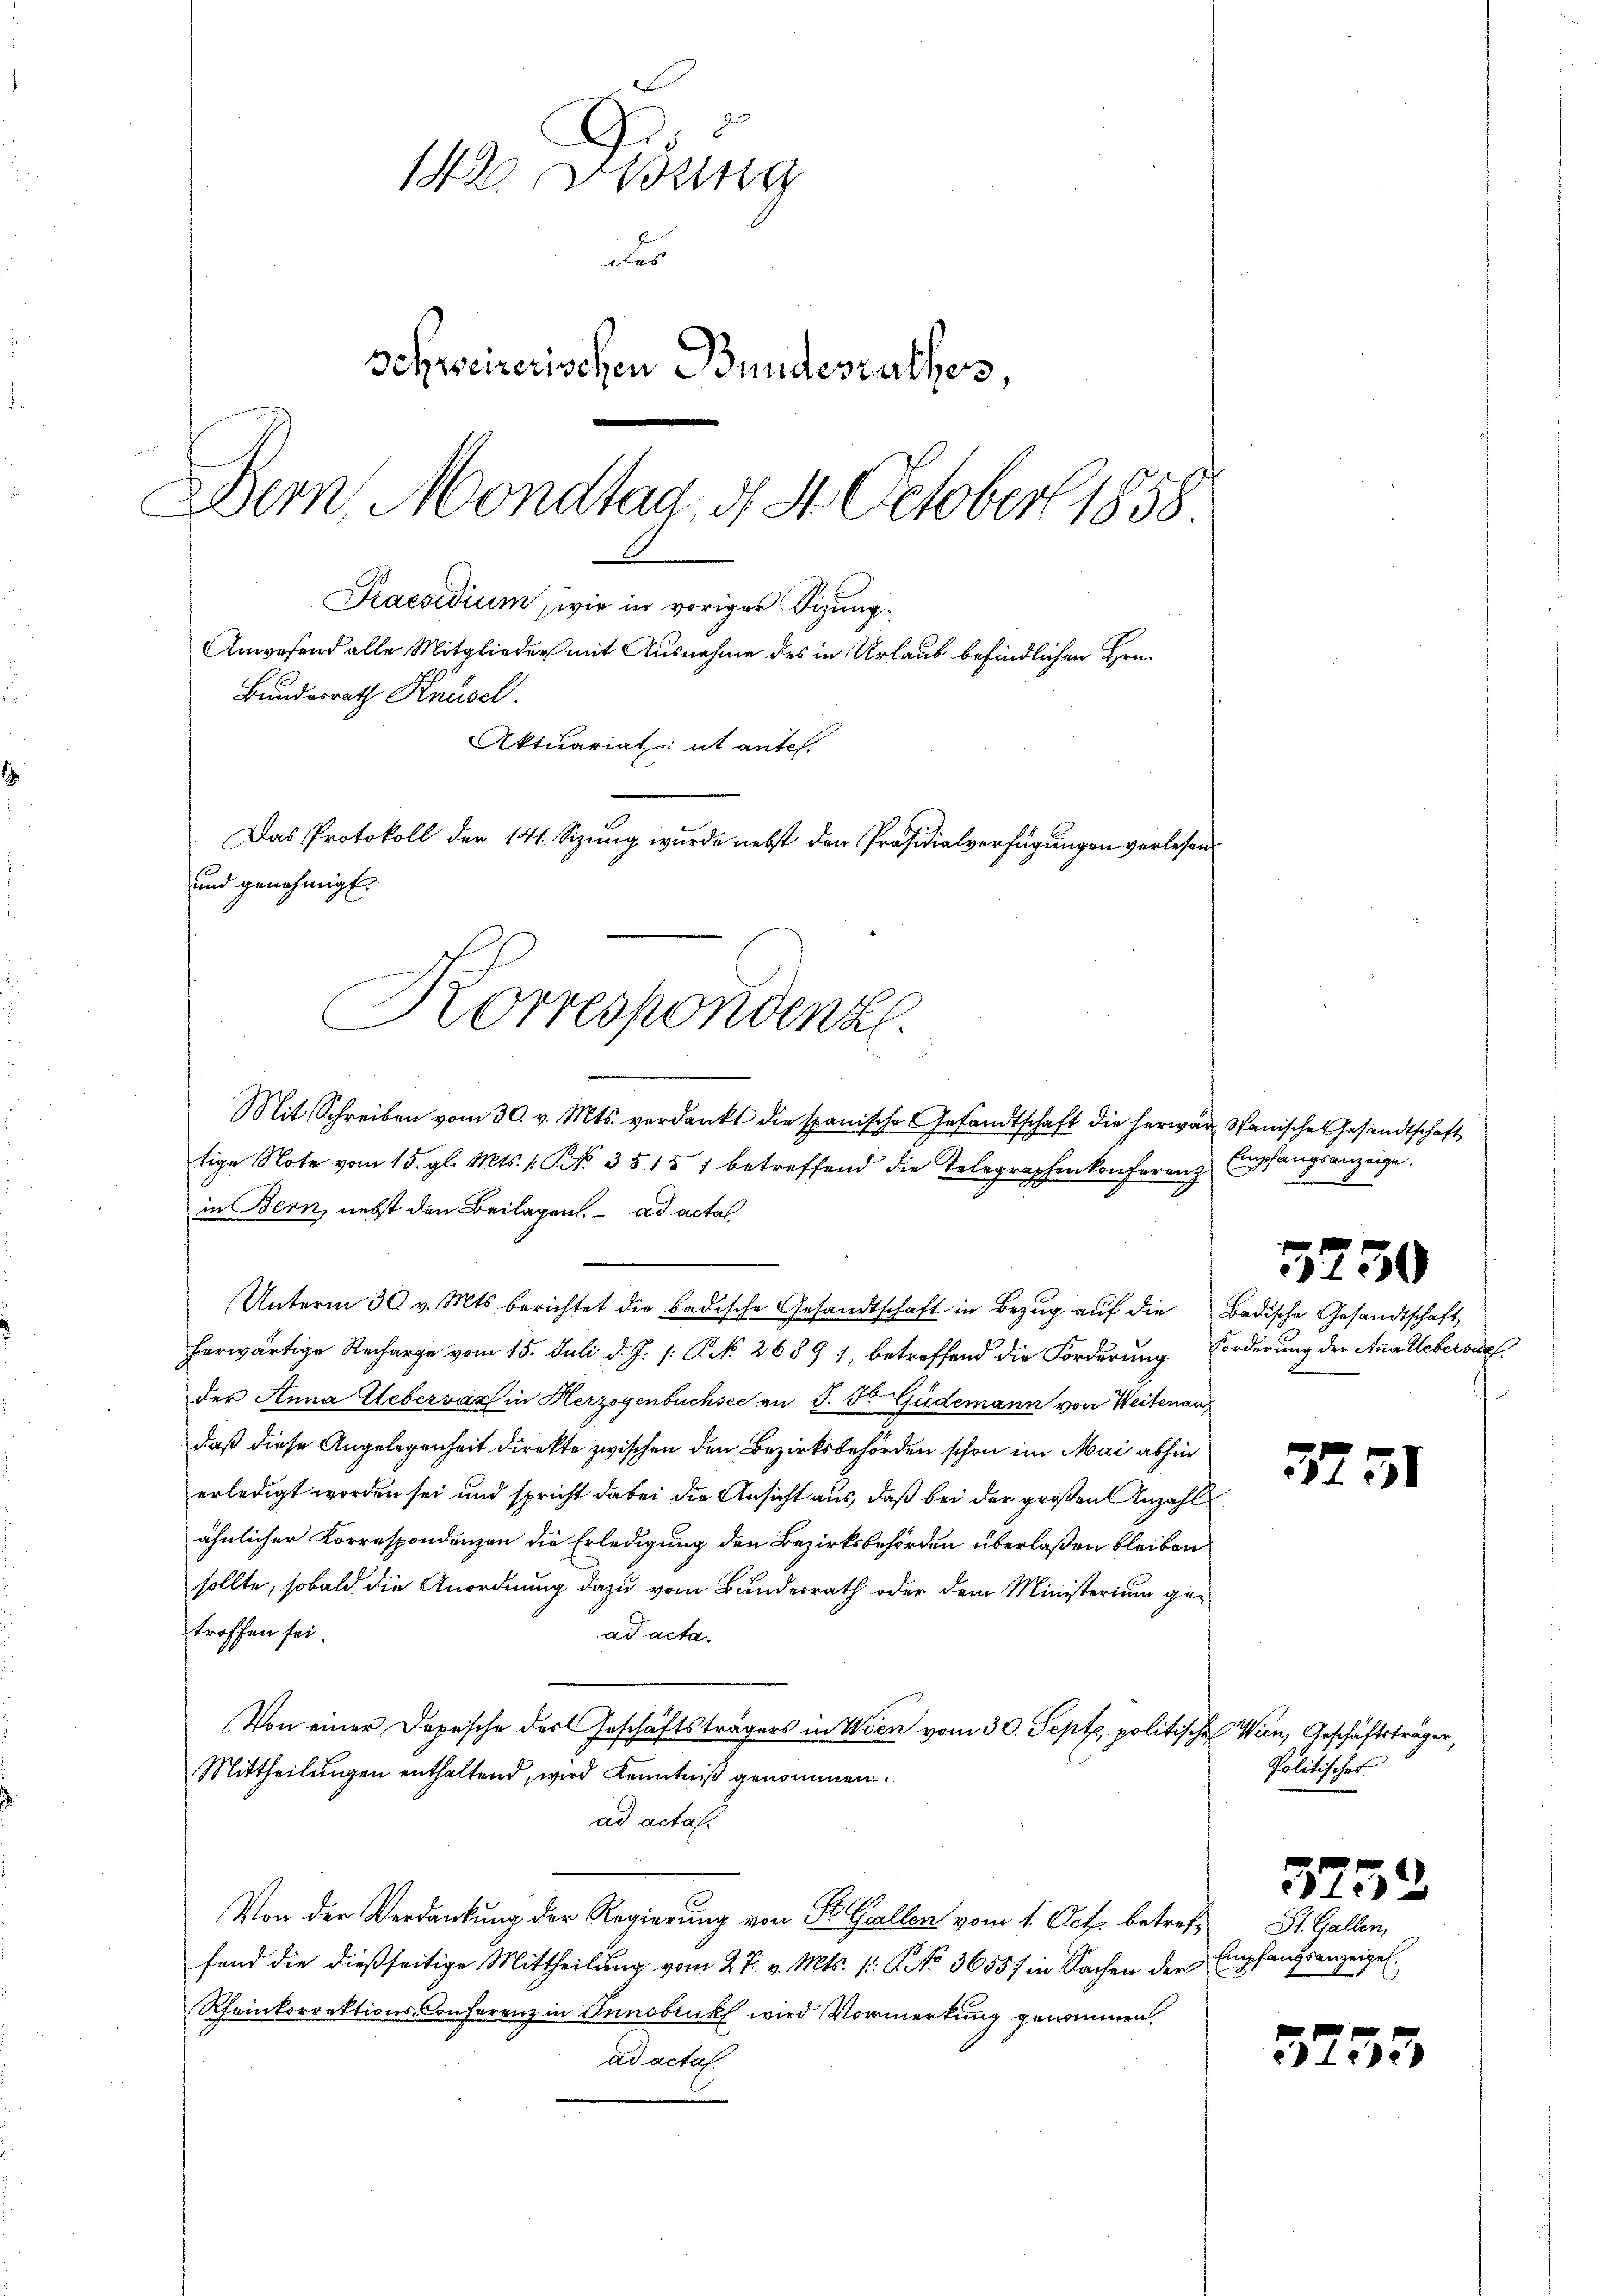
E
142 Ordung
des
schweizerischen Bundesrathes
Bern, Mondtag, d. 4. October 1858
Praesidium, wie in voriger Sizung
Anwesend alle Mitglieder mit Ausnahme des in Urlaub befindlichen Hrn.
Bundesrath Knüsel.
Aktuariat ut antes.
Das Protokoll der 141. Sizung wurde nebst den Präsidialverfügungen verlesen
und genehmigt.

Korrespondenz.
Mit Schreiben vom 30. v. Mts. verdankt die spanische Gesandtschaft die herwart Wanische Gesandtschaft

tige Note vom 15. gl. Mts. 1. P. Nr. 3515 1 betreffend die Telegraphenkonferenz Empfangsanzeige.
in Bern, nebst den Beilagen. ad acta
Unterm 30 v. Mts. berichtet die badische Gesandtschaft in Bezug auf die Badische Gesandtschaft
herwärtige Recharge vom 15. Juli d. J. (: P. No. 2689), betreffend die Forderung Forderung der Anallebersach
der Anna Uebersaz in Herzogenbuchsee an J. F. Güdemann von Weitenauf
daß diese Angelegenheit direkte zwischen den Bezirksbehörden schon im Mai abhin
erledigt worden sei und spricht dabei die Ansicht aus, daß bei der großen Anzahl
ähnlicher Korrespondenzen die Erledigung den Bezirksbehörden überlaßen bleiben
sollte, sobald die Anordnung dazu vom Bundesrath oder dem Ministerium getroffen sei.
ad acta.
Von einer Depesche des Geschäftsträgers in Wien vom 30. Sept, politische Wien, Geschäftsträger,
Mittheilungen enthaltend, wird Kenntniß genommen.
ad actat
Von der Verdankung der Regierung von St. Gallen vom 1. Oct. betreff St. Gallen,
fend die dießseitige Mittheilung vom 27. v. Mts. (: P. No 36557 in Sachen der
Rheinkorrektions-Conferenz in Innsbruck wird Vormerkung genommen.
ad actaf

3250

5251

Politisches

Empfangsanzeigel.

5732

3255